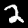
Digit: 2